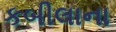
કબીલાના